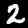
Digit: 2